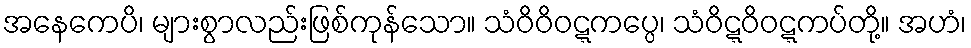
အနေကေပိ၊ များစွာလည်းဖြစ်ကုန်သော။ သံဝိဝိဝဋ္ဋကပ္ပေ၊ သံဝိဋ္ဋဝိဝဋ္ဋကပ်တို့။ အဟံ၊